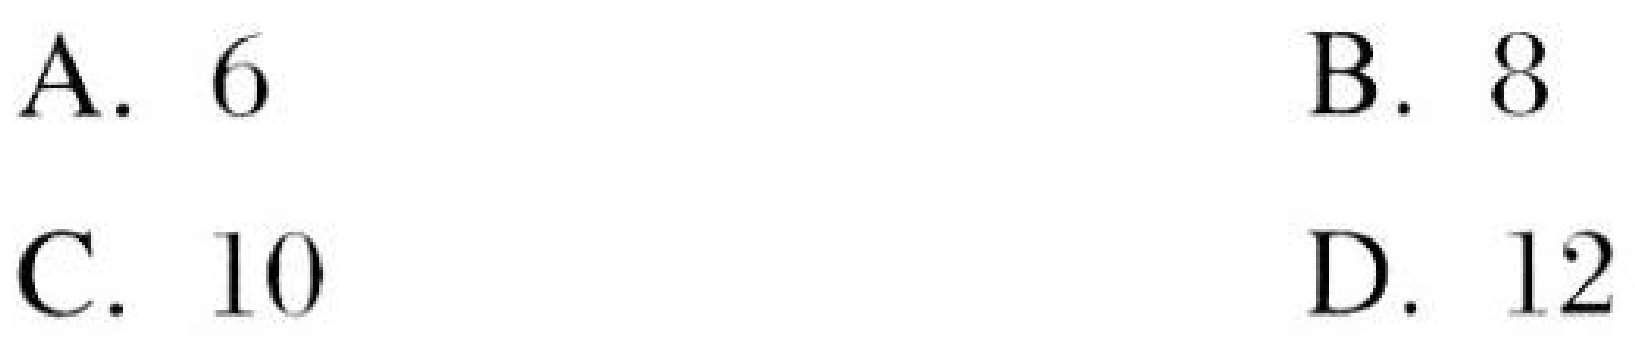
A. \(6\)
B. \(8\)
C. \(10\)
D. \(12\)